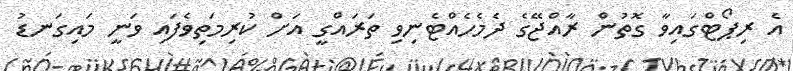
އެ ރިޕޯޓްގައިވާ ގޮތުން ރާއްޖޭގެ ދެމެހެއްޓެނިވި ތަރައްގީ އަށް ކުރިމަތިވެފައި ވަނީ މައިގަނޑު